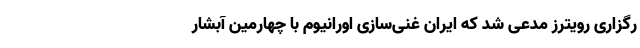
رگزاری رویترز مدعی شد که ایران غنی‌سازی اورانیوم با چهارمین آبشار